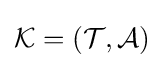
{\mathcal {K}}=({\mathcal {T}},{\mathcal {A}})